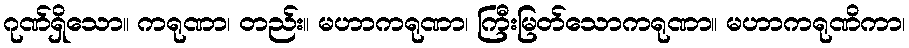
ဂုဏ်ရှိသော။ ကရုဏာ၊ တည်း။ မဟာကရုဏာ၊ ကြီးမြတ်သောကရုဏာ။ မဟာကရုဏိကာ၊